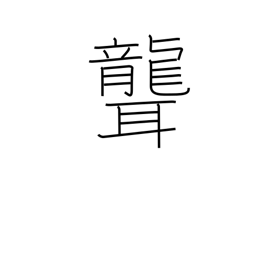
Meaning: deafen